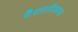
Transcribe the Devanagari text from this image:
वैशालीजवळ